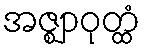
အဇ္ဈာဝုတ္ထံ